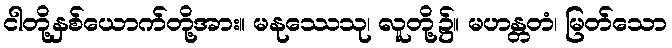
ငါတို့နှစ်ယောက်တို့အား။ မနုဿေသု၊ လူတို့၌။ မဟန္တတံ၊ မြတ်သော